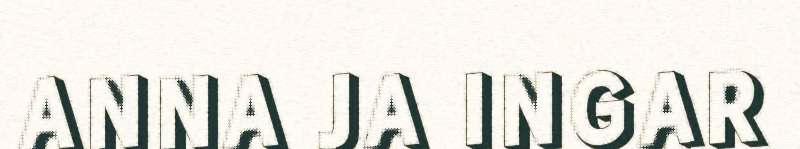
ANNA JA INGAR